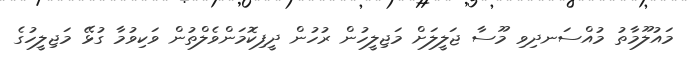
މައުލޫމާތު މުއްސަނދިވި މޫސާ ޖަލީލަށް މަޖިލީހުން ރުހުން ދީފިކޮމަންވެލްތުން ވަކިވުމާ ގުޅޭ މަޖިލީހުގެ